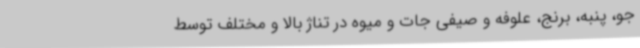
جو، پنبه، برنج، علوفه و صیفی جات و میوه در تناژ بالا و مختلف توسط